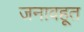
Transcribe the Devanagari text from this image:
जनावहूत